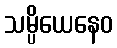
သမ္ပိယေနေဝ